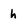
Character: h